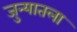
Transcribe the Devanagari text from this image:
जुन्यातला